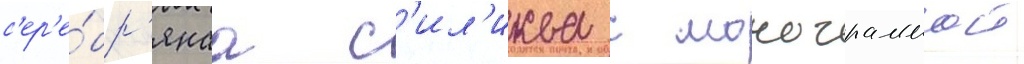
с'ер'е́бр'янаа с'ил'иква с монограммои